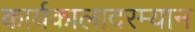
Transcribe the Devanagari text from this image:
कार्यकालादरम्यान